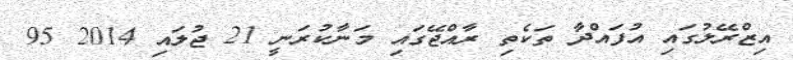
އިޒްރޭލުގައި އުފައްދާ ތަކެތި ރާއްޖޭގައި މަނާކުރަނީ 21 ޖުލައި 2014 95